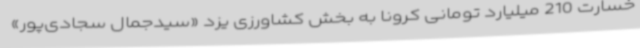
خسارت 210 میلیارد تومانی کرونا به بخش کشاورزی یزد «سیدجمال سجادی‌پور»